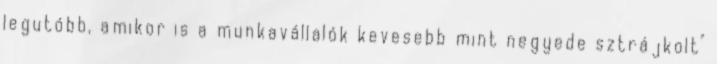
legutóbb, amikor is a munkavállalók kevesebb mint negyede sztrájkolt"